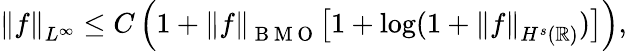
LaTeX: \left\| f\right\| _{L^{\infty}}\leq C\left(1+\left\| f\right\| _{\mathrm{~B~M~O~}}\big[1+\displaystyle\log(1+\left\| f\right\| _{H^{s}(\mathbb R)})\big]\right),